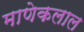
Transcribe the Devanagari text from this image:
माणेकलाल